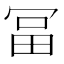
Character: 𠖐